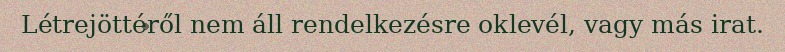
Létrejöttéről nem áll rendelkezésre oklevél, vagy más irat.